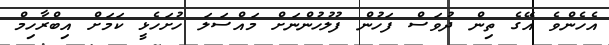
އެހެންވެ އޭގެ ތިން ދުވަސް ފަހުން ފުލުހުންނަށް މައްސަލަ ހުށަހެޅީ ކަމަށް އިބްރާހިމް